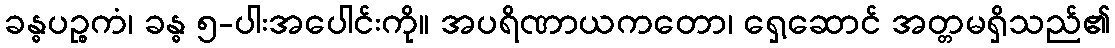
ခန္ဓပဉ္စကံ၊ ခန္ဓ ၅-ပါးအပေါင်းကို။ အပရိဏာယကတော၊ ရှေ့ဆောင် အတ္တမရှိသည်၏